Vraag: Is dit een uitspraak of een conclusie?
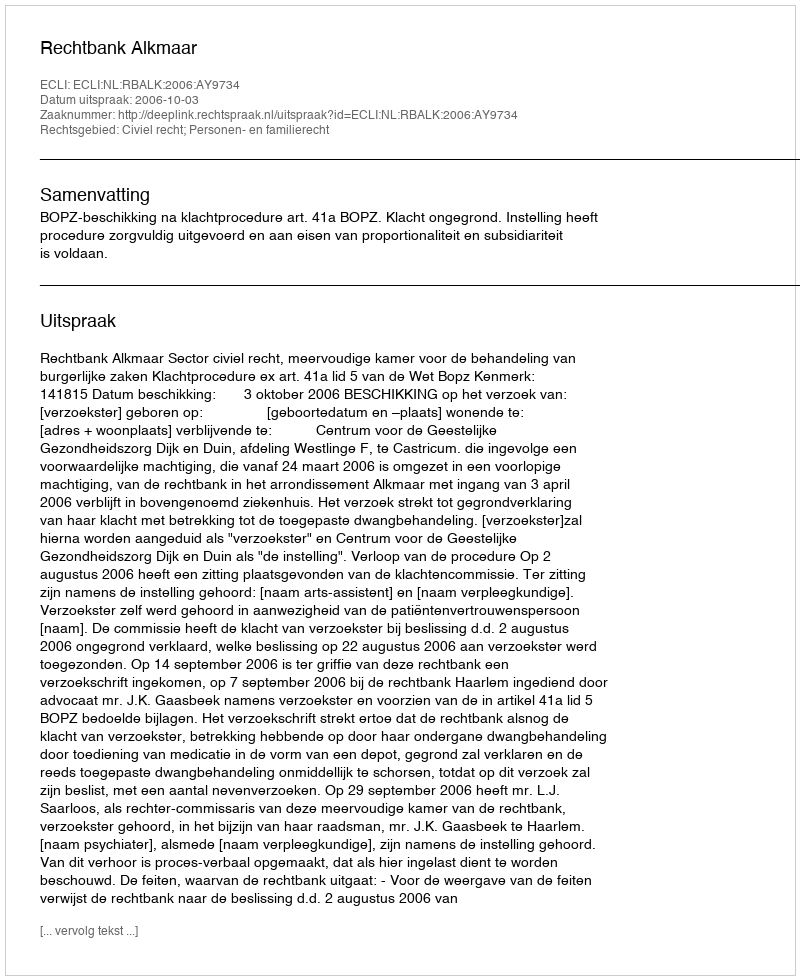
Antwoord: Uitspraak